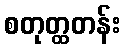
စတုတ္ထတန်း